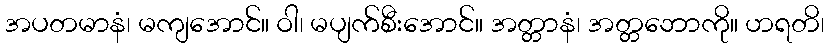
အပတမာနံ၊ မကျအောင်။ ဝါ၊ မပျက်စီးအောင်။ အတ္တာနံ၊ အတ္တဘောကို။ ဟရတိ၊